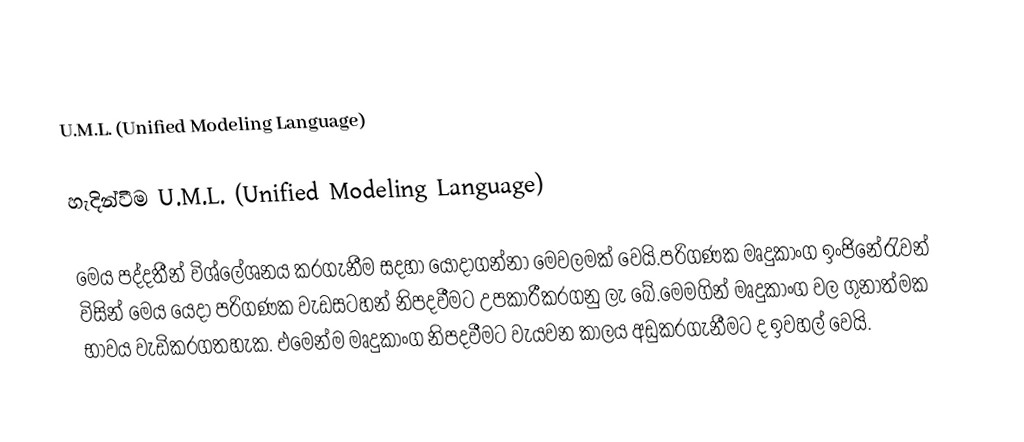
U.M.L. (Unified Modeling Language)

හැදින්වීම U.M.L. (Unified Modeling Language)

 මෙය පද්දතීන් විශ්ලේශනය කරගැනීම සදහා යොදාගන්නා මෙවලමක් වෙයි.පරිගණක මෘදුකාංග ඉංජිනේරැවන් විසින් මෙය යෙදා පරිගණක වැඩසටහන් නිපදවීමට උපකාරීකරගනු ලැ බේ.මෙමගින් මෘදුකාංග වල ගුනාත්මක  භාවය වැඩිකරගතහැක. එමෙන්ම මෘදුකාංග නිපදවීමට වැයවන කාලය අඩුකරගැනීමට ද ඉවහල් වෙයි.